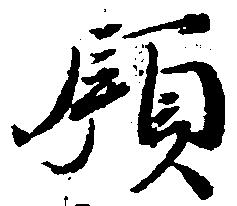
領